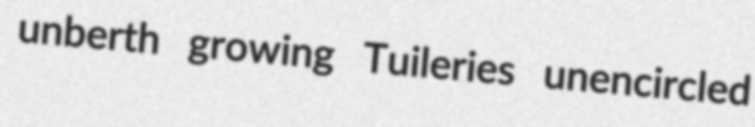
unberth growing Tuileries unencircled